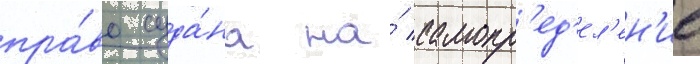
пра́во суда́на на́ самопр'ед'ел'ен'ие